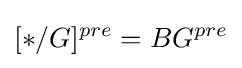
[*/G]^{pre}=BG^{pre}